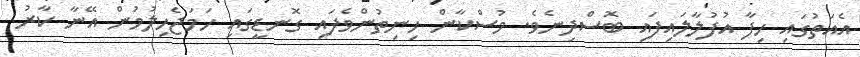
އެއަތުގައި ހިފާ އުފުލާލައިފައި ބޮސްދިނެވެ. މުސްކާން ހިނިތުންވެފައި ގޮނޑީގައި ހަމަޖެހިލުމުން އޭނާ ކާރު